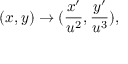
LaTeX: ( x , y ) \rightarrow ( \frac { x ^ { \prime } } { u ^ { 2 } } , \frac { y ^ { \prime } } { u ^ { 3 } } ) ,